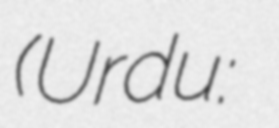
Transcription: (Urdu: اشان پور ریلوے